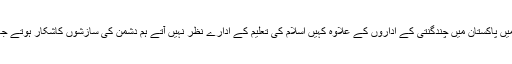
لیکن آج ہمیں پاکستان میں چندگنتی کے اداروں کے علاوہ کہیں اسلام کی تعلیم کے ادارے نظر نہیں آتے ہم دشمن کی سازشوں کاشکار ہوتے جارہے ہیں۔